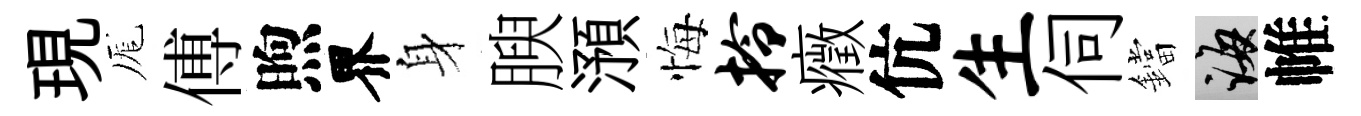
現厖傅煦界身腴澦悔拎癥伉生伺鐺誨帷